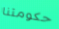
حكومتنا